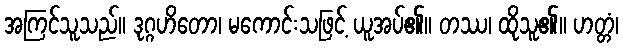
အကြင်သူသည်။ ဒုဂ္ဂဟိတော၊ မကောင်းသဖြင့် ယူအပ်၏။ တဿ၊ ထိုသူ၏။ ဟတ္တံ၊